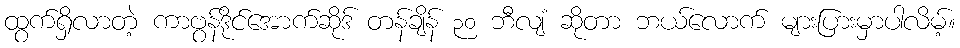
ထွက်ရှိလာတဲ့ ကာဗွန်ဒိုင်အောက်ဆိုဒ် တန်ချိန် ၃၀ ဘီလျံ ဆိုတာ ဘယ်လောက် များပြားမှာပါလိမ့်။